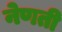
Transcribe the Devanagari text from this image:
नेणती